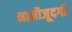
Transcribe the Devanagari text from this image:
नामौजूदगी